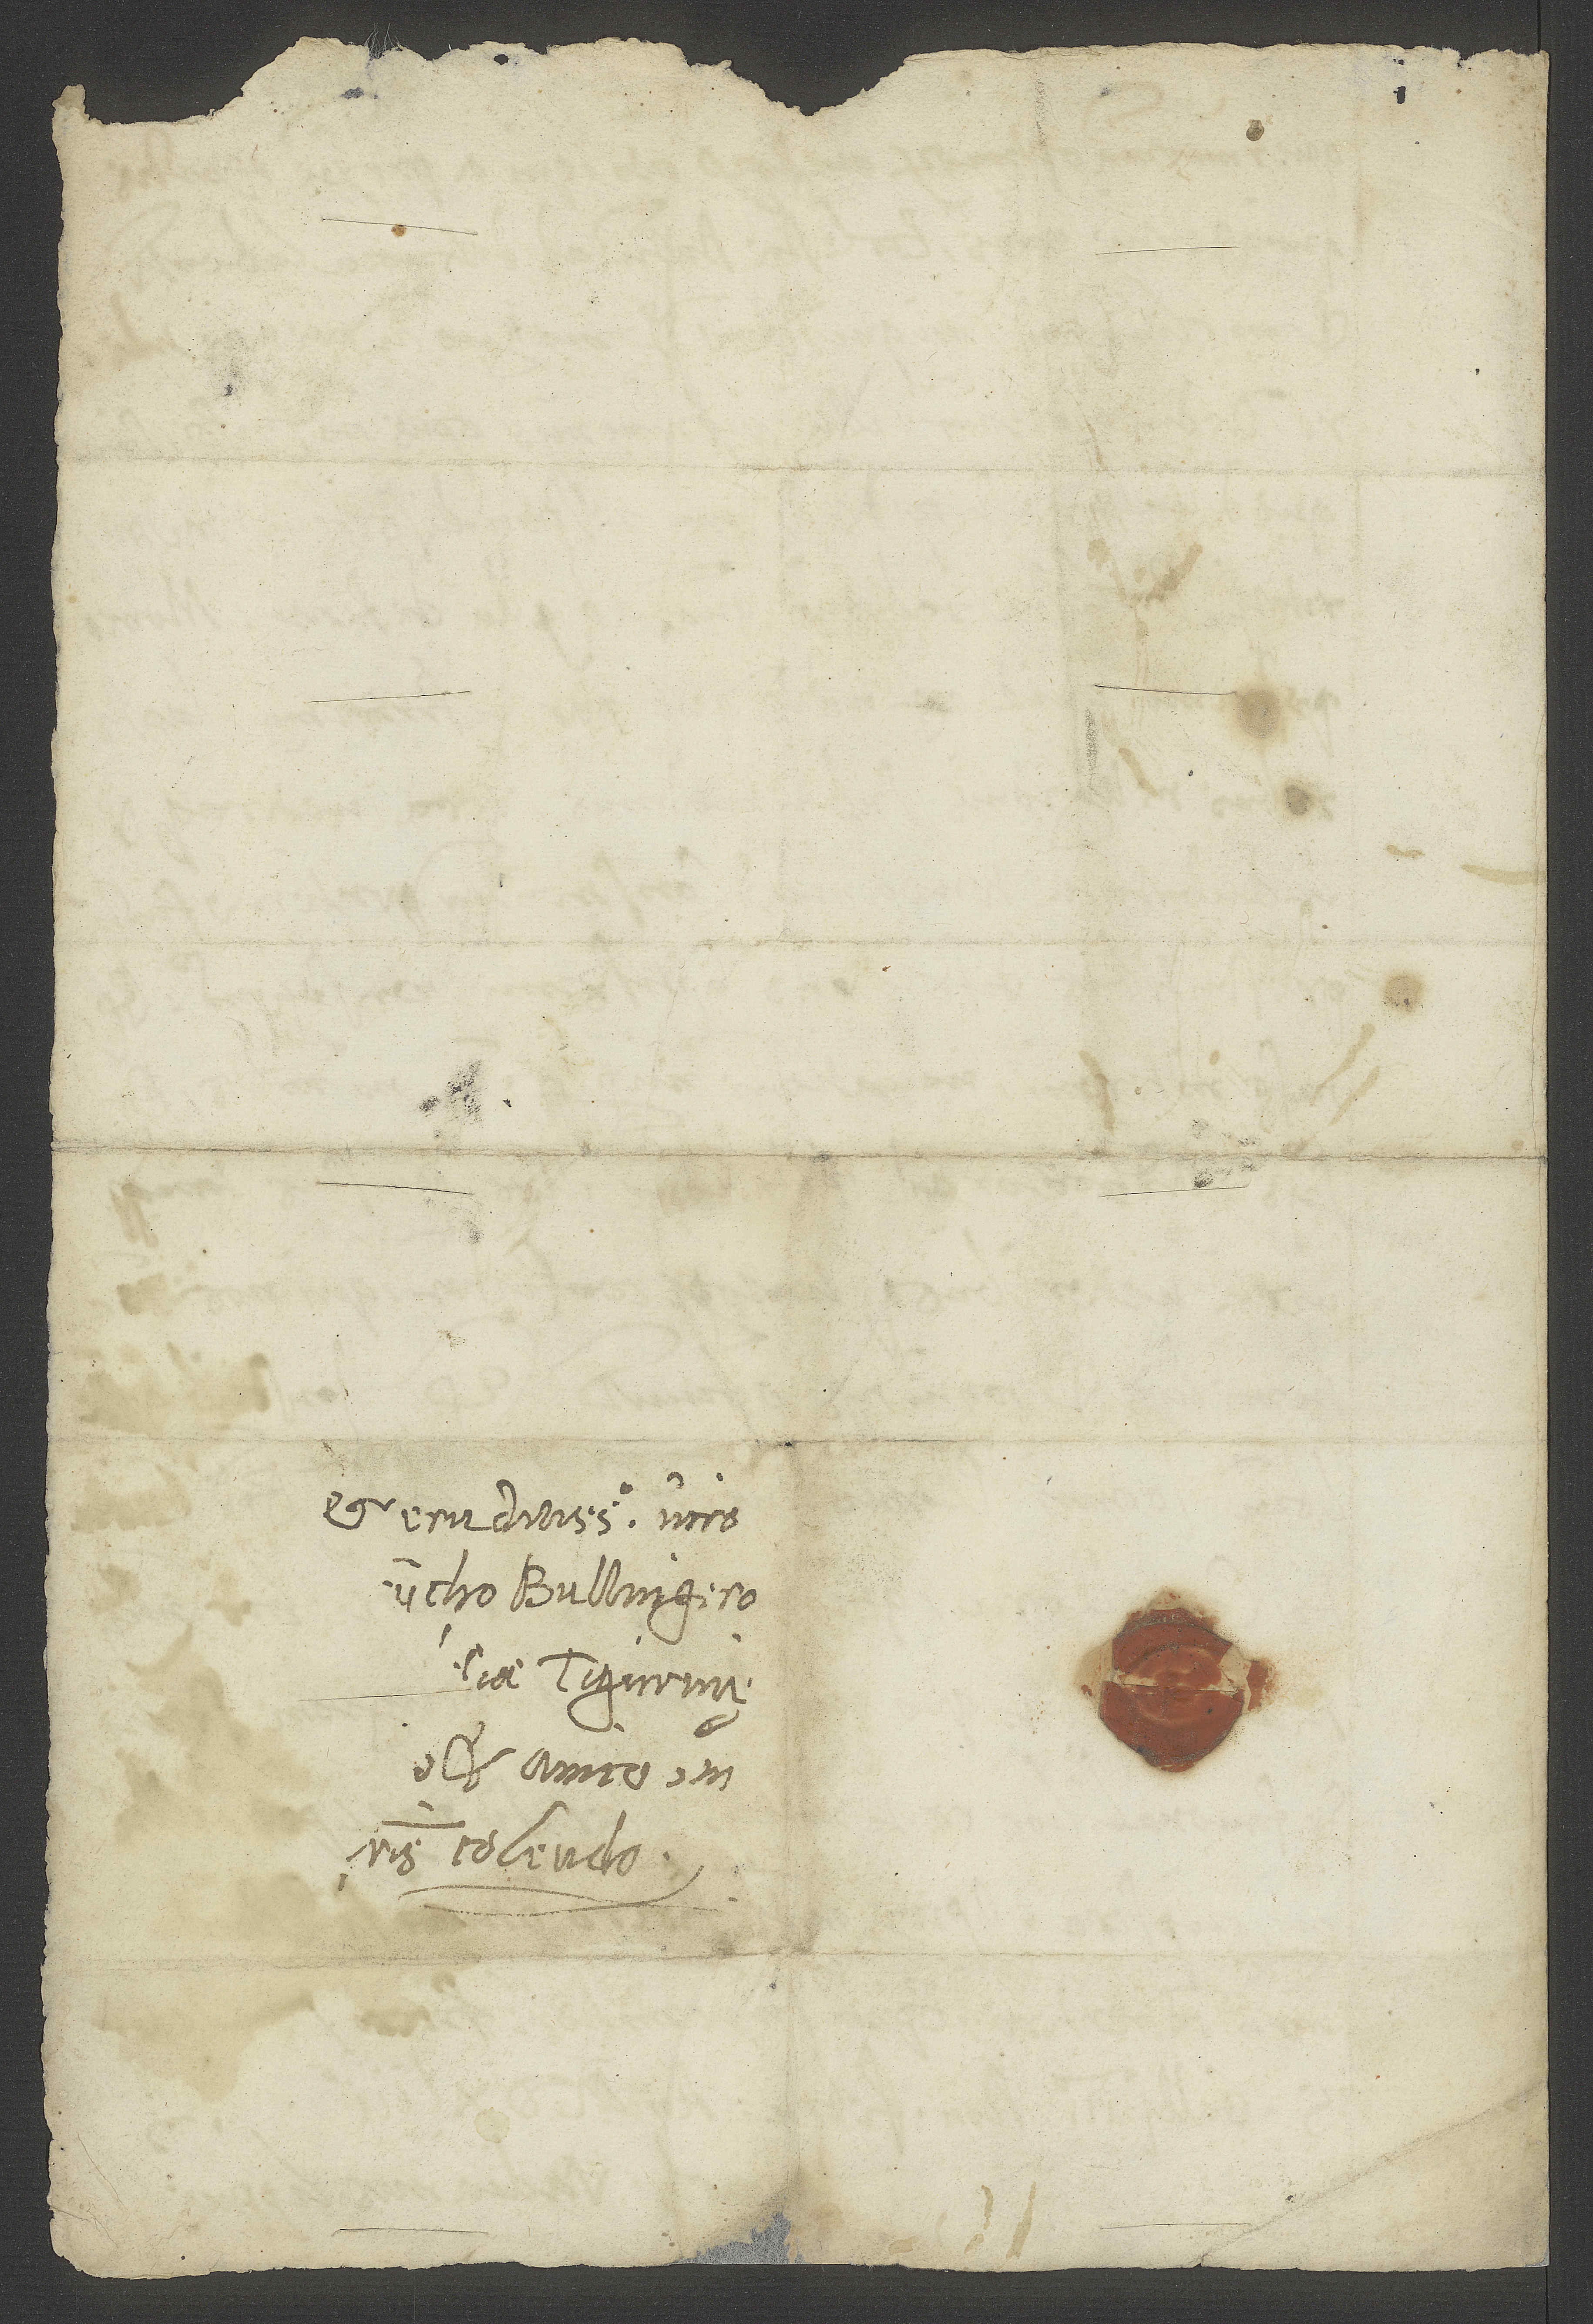
et eruditissimo viro
Bullingero,
Tigurinę
colendo.